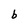
Character: b